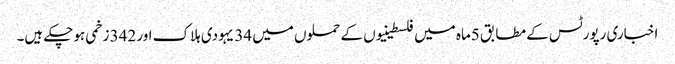
اخباری رپورٹس کے مطابق 5ماہ میں فلسطینیوں کے حملوں میں 34 یہودی ہلاک اور 342 زخمی ہوچکے ہیں۔